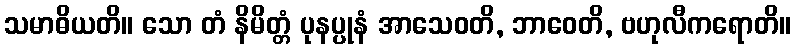
သမာဓိယတိ။ သော တံ နိမိတ္တံ ပုနပ္ပုနံ အာသေဝတိ, ဘာဝေတိ, ဗဟုလီကရောတိ။